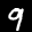
Label: 9